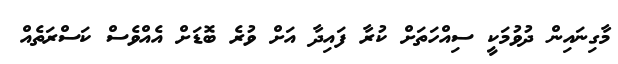
މާގިނައިން ދުވުމަކީ ސިއްހަތަށް ކުރާ ފައިދާ އަށް ވުރެ ބޮޑަށް އެއްވެސް ކަސްރަތެއް